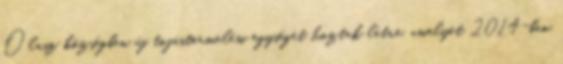
Olasz községben új tojástermelési egységet hoztak létre, amelyet 2014-ben